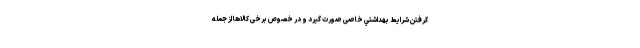
گرفتن شرایط بهداشتي خاصی صورت گیرد و در خصوص برخی کالاها از جمله